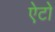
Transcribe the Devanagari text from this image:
ऐटो